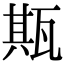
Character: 𤭣